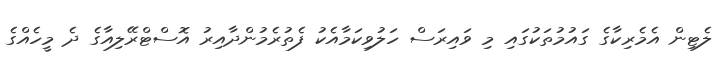
ލެޓިން އެމެރިކާގެ ގައުމުތަކުގައި މި ވައިރަސް ހަލުވިކަމާއެކު ފެތުރެމުންދާއިރު އޮސްޓްރޭލިއާގެ ދެ މީހެއްގެ